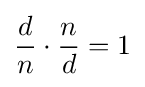
{\frac {d}{n}}\cdot {\frac {n}{d}}=1